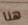
هنا